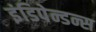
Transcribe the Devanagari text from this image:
इंडिपेन्डन्स